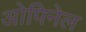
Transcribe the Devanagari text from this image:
ओपिनेल